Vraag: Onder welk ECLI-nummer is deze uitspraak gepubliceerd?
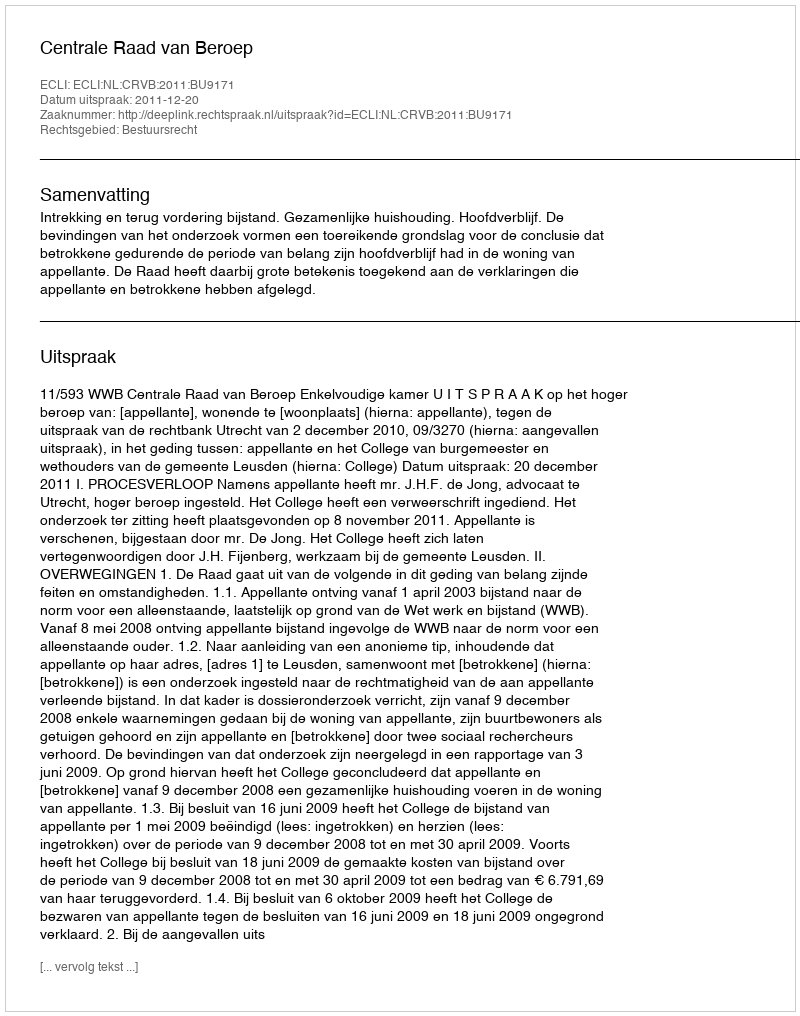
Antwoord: ECLI:NL:CRVB:2011:BU9171